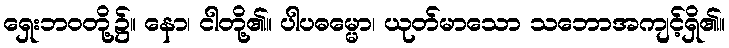
ရှေးဘဝတို့၌။ နော၊ ငါတို့၏။ ပါပဓမ္မော၊ ယုတ်မာသော သဘောအကျင့်ရှိ၏။